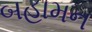
બહામન